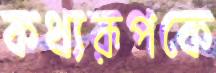
কথ্যরূপকে